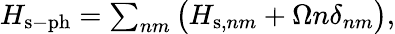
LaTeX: \begin{array}{r}{H_{\mathrm{s-ph}}=\sum_{nm}\big(H_{\mathrm{s},nm}+\Omega n\delta_{nm}\big),}\end{array}